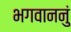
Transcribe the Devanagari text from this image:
भगवाननुं